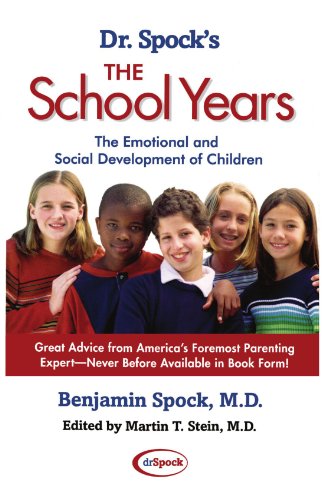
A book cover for Dr. Spock's The School Years: The Emotional and Social Development of Children; Benjamin Spock M.D.; Parenting & Relationships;